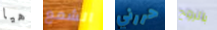
هيا الشمع حررني بالروح